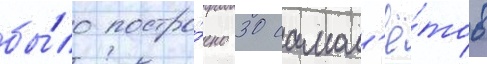
бы́ло постро́ено 30 самол'ё́тов